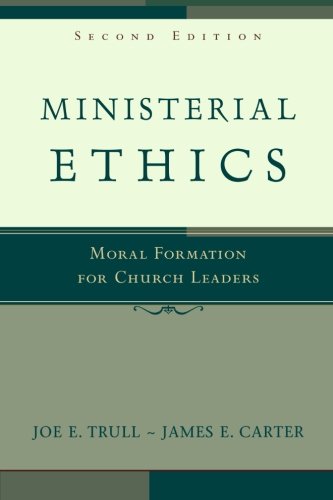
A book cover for Ministerial Ethics: Moral Formation for Church Leaders; Joe E. Trull; Christian Books & Bibles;